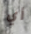
أي